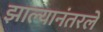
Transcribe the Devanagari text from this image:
झाल्यानंतरले